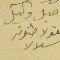
اميل وكيل نقولا طنوس شلالا